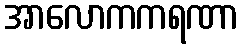
အာလောကကရဏာ